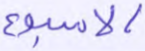
الأسبوع